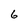
Character: 6